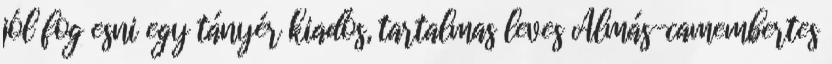
jól fog esni egy tányér kiadós, tartalmas leves Almás-camembertes